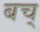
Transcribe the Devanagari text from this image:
बच्